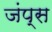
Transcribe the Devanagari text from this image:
जंप्स